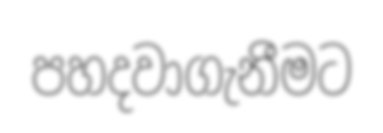
පහදවාගැනීමට